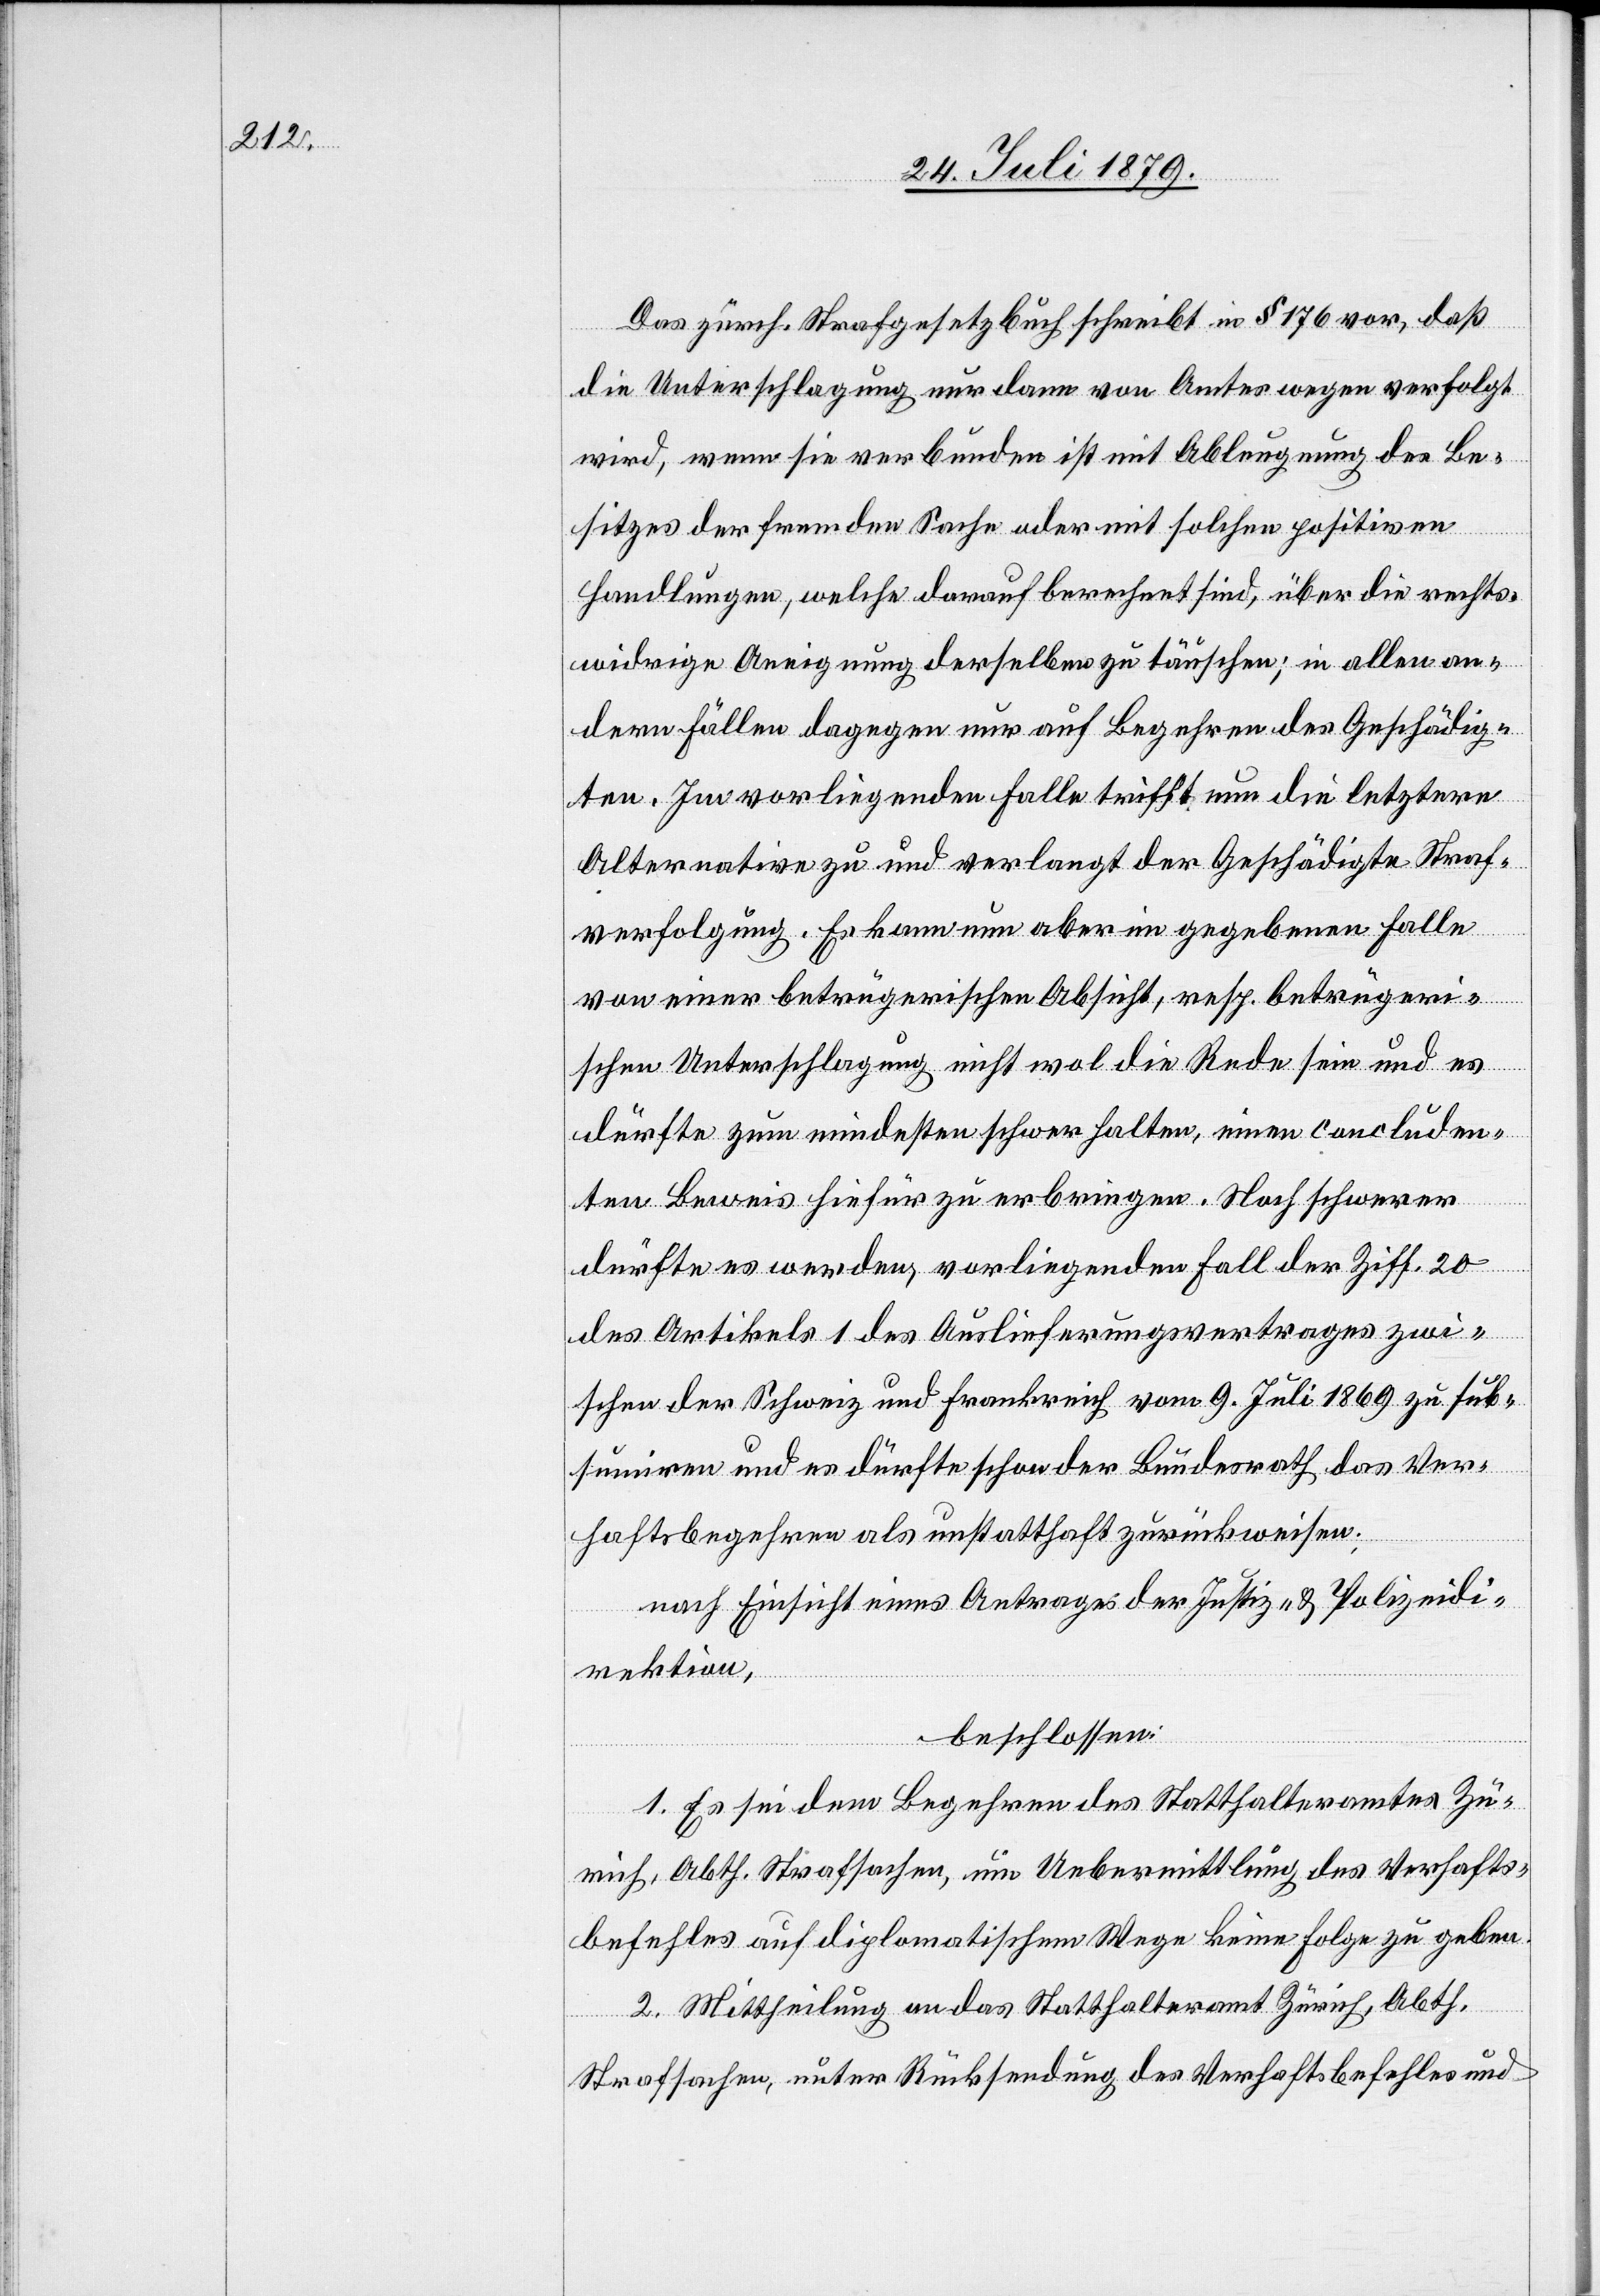
Das zürch. Strafgesetzbuch schreibt in § 176 vor, daß
die Unterschlagung nur dann von Amtes wegen verfolgt
wird, wenn sie verbunden ist mit Ableugnung des Be¬
sitzes der fremden Sache oder mit solchen positiven
Handlungen, welche darauf berechnet sind, über die rechts¬
widrige Aneignung derselben zu täuschen, in allen an¬
dern Fällen dagegen nur auf Begehren des Geschädig¬
ten. Im vorliegenden Falle trifft nun die letztere
Alternative zu und verlangt der Geschädigte Straf¬
verfolgung. Es kann nun aber in gegebenen Falle
von einer betrügerischen Absicht, resp. betrügeri¬
schen Unterschlagung nicht wol die Rede sein und es
dürfte zum mindesten schwer halten, einen concluden¬
ten Beweis hiefür zu erbringen. Noch schwerer
dürfte es werden, vorliegenden Fall der Ziff. 20
des Artikels 1 des Auslieferungsvertrages zwi¬
schen der Schweiz und Frankreich vom 9. Juli 1869 zu sub¬
sumiren und es dürfte schon der Bundesrath das Ver¬
haftsbegehren als unstatthaft zurückweisen;
nach Einsicht eines Antrages der Justiz- & Polizeidi¬
rektion,
beschlossen:
1. Es sei dem Begehren des Statthalteramtes Zü¬
rich, Abth.Strafsachen, um Uebermittlung des Verhafts¬
befehles auf diplomatischem Wege keine Folge zu geben.
2. Mittheilung an das Statthalteramt Zürich, Abth.
Strafsachen, unter Rücksendung des Verhaftsbefehles und